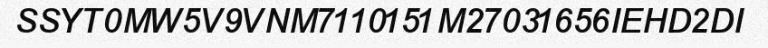
SSYT0MW5V9VNM7110151M27031656IEHD2DI